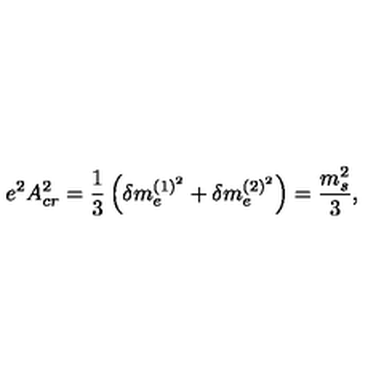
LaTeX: e ^ { 2 } A _ { c r } ^ { 2 } = { \frac { 1 } { 3 } } \left( \delta m _ { e } ^ { ( 1 ) ^ { 2 } } + \delta m _ { e } ^ { ( 2 ) ^ { 2 } } \right) = { \frac { m _ { s } ^ { 2 } } { 3 } } ,